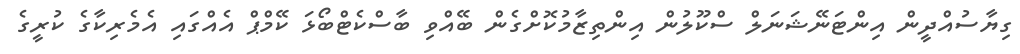
ގިޔާސުއްދީން އިންޓަނޭޝަނަލް ސްކޫލުން އިންތިޒާމުކޮށްގެން ބޭއްވި ބާސްކެޓްބޯޅަ ކޭމްޕް އެއްގައި އެމެރިކާގެ ކުރީގެ